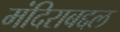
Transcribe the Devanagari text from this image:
मंदिराबद्दल